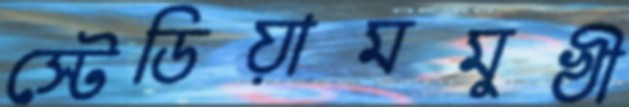
স্টেডিয়ামমুখী